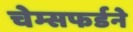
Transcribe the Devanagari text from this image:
चेम्सफर्डने